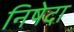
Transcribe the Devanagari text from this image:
निषेदा